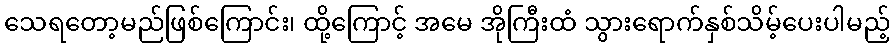
သေရတော့မည်ဖြစ်ကြောင်း၊ ထို့ကြောင့် အမေ အိုကြီးထံ သွားရောက်နှစ်သိမ့်ပေးပါမည့်